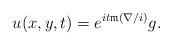
LaTeX: \begin{align*}u(x,y,t)=e^{it\mathfrak{m}(\nabla/i)} g .\end{align*}